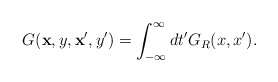
\begin{align*}G({\bf x},y,{\bf x}',y') = \int_{-\infty}^{\infty} dt' G_R(x,x').\end{align*}